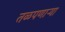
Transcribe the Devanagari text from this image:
तळपणाऱ्या